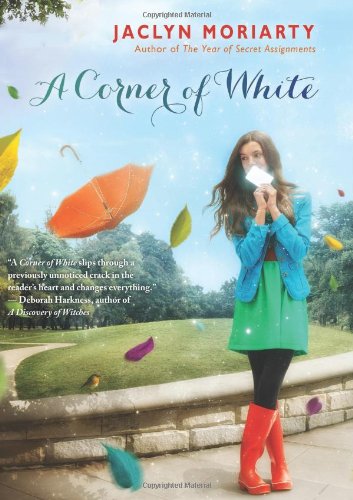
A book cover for A Corner of White: Book 1 of The Colors of Madeleine; Jaclyn Moriarty; Teen & Young Adult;